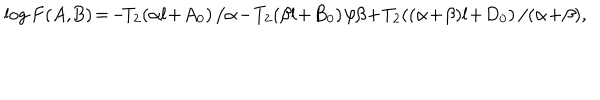
LaTeX: \log F ( A , \! B ) \! = \! - \! T _ { 2 } \! \left( \alpha l \! + \! A _ { 0 } \right) / \alpha \! - \! T _ { 2 } \! \left( \beta l \! + \! B _ { 0 } \right) / \beta \! + \! T _ { 2 } \! \left( ( \alpha \! + \! \beta ) l \! + \! D _ { 0 } \right) / ( \alpha \! + \! \beta ) ,